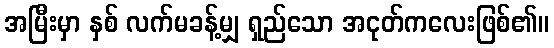
အမြီးမှာ နှစ် လက်မခန့်မျှ ရှည်သော အငုတ်ကလေးဖြစ်၏။